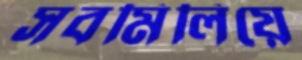
সবমিলিয়ে